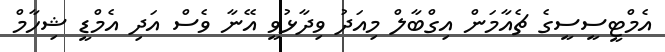
އެމްޓީސީސީގެ ޗެއާމަން އިގްބާލް މިއަދު ވިދާޅުވީ އޭނާ ވެސް އަދި އެމްޑީ ޝިހާމް